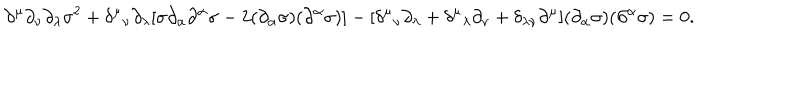
\partial ^ { \mu } \partial _ { \nu } \partial _ { \lambda } \sigma ^ { 2 } + \delta ^ { \mu } { } _ { \nu } \partial _ { \lambda } [ \sigma \partial _ { \alpha } \partial ^ { \alpha } \sigma - 2 ( \partial _ { \alpha } \sigma ) ( \partial ^ { \alpha } \sigma ) ] - [ \delta ^ { \mu } { } _ { \nu } \partial _ { \lambda } + \delta ^ { \mu } { } _ { \lambda } \partial _ { \nu } + \delta _ { \lambda \nu } \partial ^ { \mu } ] ( \partial _ { \alpha } \sigma ) ( \partial ^ { \alpha } \sigma ) = 0 .